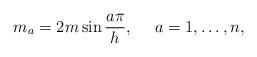
LaTeX: \begin{align*}m_a = 2m\sin\frac{a\pi}{h} , ~~~~a=1,\dots,n,\end{align*}